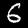
Label: 6